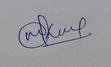
Signature authenticity: genuine